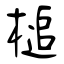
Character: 槌